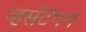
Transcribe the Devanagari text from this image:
व्हर्सटॅपन